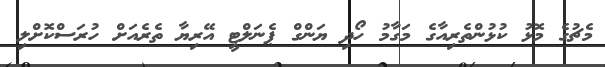
މެޗުގެ މޮޅު ކުޅުންތެރިއާގެ މަގާމު ހޯދި ޔަންގް ޕެނަލްޓީ އޭރިޔާ ތެރެއަށް ހުރަސްކޮށްލި